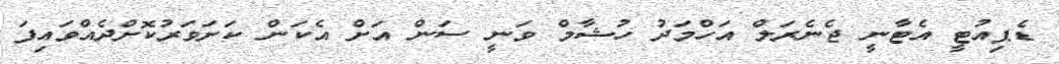
ޑެޕިއުޓީ އެޓާނީ ޖެނެރަލް އަހްމަދު ހުޝާމް ވަނީ ސަން އަށް އެކަން ކަށަވަރުކޮށްދެއްވައިފަ